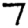
Digit: 7